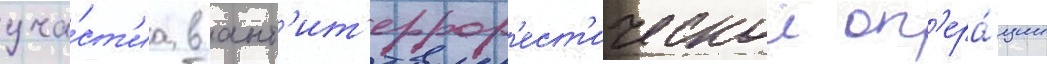
уча́ст'иа в ант'ит'еррор'ест'ическои оп'ера́ции